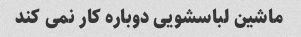
ماشین لباسشویی دوباره کار نمی کند